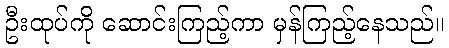
ဦးထုပ်ကို ဆောင်းကြည့်ကာ မှန်ကြည့်နေသည်။